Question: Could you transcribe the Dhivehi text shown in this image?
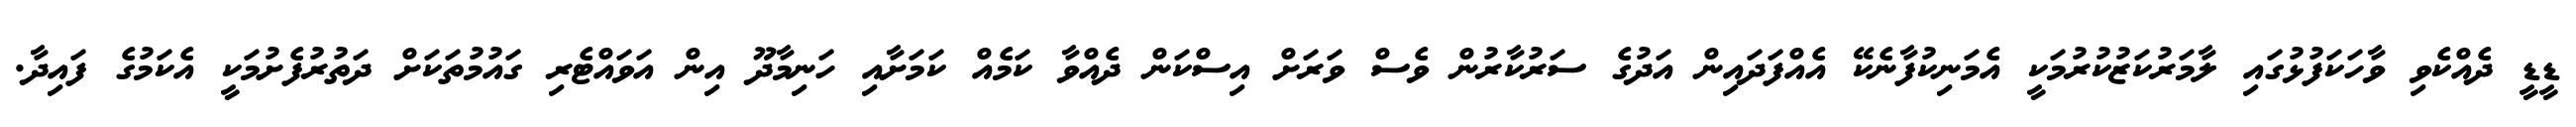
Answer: ޑީޑީ ދެއްކެވި ވާހަކަފުޅުގައި ލާމަރުކަޒުކުރުމަކީ އެމަނިކުފާނެކޭ އެއްފަދައިން އަދުގެ ސަރުކާރުން ވެސް ވަރަށް އިސްކަން ދެއްވާ ކަމެއް ކަމަށާއި ހަނިމާދޫ އިން އަވައްޓެރި ގައުމުތަކަށް ދަތުރުފެށުމަކީ އެކަމުގެ ފައިދާ.